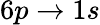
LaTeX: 6p\to 1s